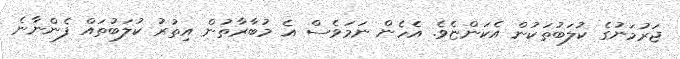
ޖަރުމަނުގެ ކުލަބުތަކުން އެކަންޏެވެ. އެހެން ނަމަވެސް އެ މުބާރާތުން އިތުރު ކުލަބުތައް ފެންނާނެ